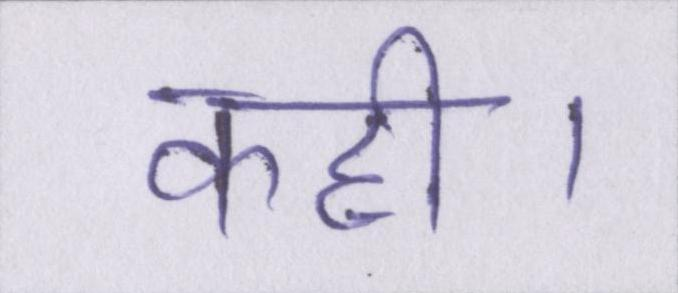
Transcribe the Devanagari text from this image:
कही।